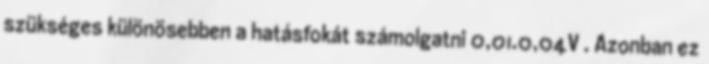
szükséges különösebben a hatásfokát számolgatni 0,01.0,04V . Azonban ez